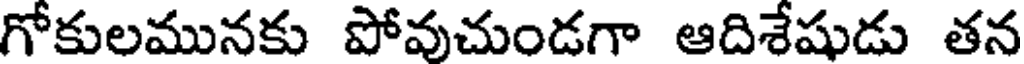
గోకులమునకు పోవుచుండగా ఆదిశేషుడు తన